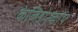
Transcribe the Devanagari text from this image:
केलिडोस्कोप